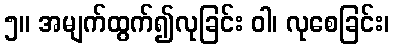
၅။ အမျက်ထွက်၍လုခြင်း ဝါ၊ လုစေခြင်း၊